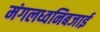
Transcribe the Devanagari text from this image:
मंगलध्वनिबजाई